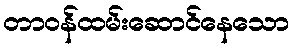
တာဝန်ထမ်းဆောင်နေသော